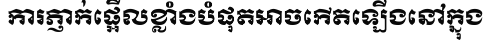
ការភ្ញាក់ផ្អើលខ្លាំងបំផុតអាចកើតឡើងនៅក្នុង